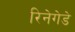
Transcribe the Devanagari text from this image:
रिनेगेडे